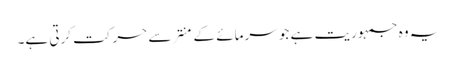
یہ وہ جمہوریت ہے جو سرمائے کے منتر سے حرکت کرتی ہے۔